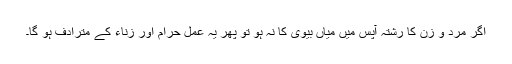
اگر مرد و زن کا رشتہ آپس میں میاں بیوی کا نہ ہو تو پھر یہ عمل حرام اور زناء کے مترادف ہو گا۔